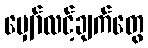
မျှော်လင့်ချက်တွေ